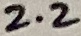
Text: 2.2